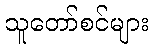
သူတော်စင်များ